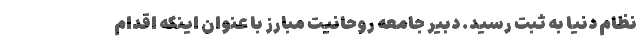
نظام دنیا به ثبت رسید. دبیر جامعه روحانیت مبارز با عنوان اینکه اقدام